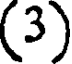
(3)